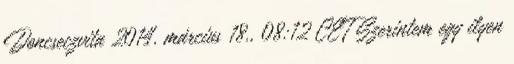
Doncseczvita 2014. március 18., 08:12 CET Szerintem egy ilyen